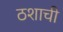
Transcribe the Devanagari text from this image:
ठशाची